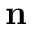
{ \mathbf n }